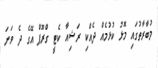
މުބާރާތުގައި މޮޅު ކުޅުމެއް ދެއްކި ރަޝިއާ ކެޓީ ގްރޫޕް އޭގެ ދެ ވަނަ